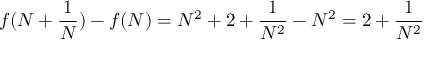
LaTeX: f ( N + { \frac { 1 } { N } } ) - f ( N ) = N ^ { 2 } + 2 + { \frac { 1 } { N ^ { 2 } } } - N ^ { 2 } = 2 + { \frac { 1 } { N ^ { 2 } } }